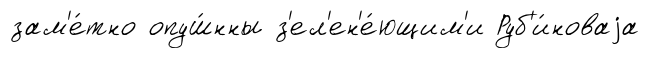
зам'е́тно опуш́нны з'ел'ен'е́ющим'и Руб'и́новаjа